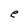
Character: e